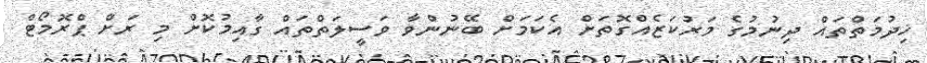
ޚިދުމަތްތައް ދިނުމުގެ މަރުކަޒެއްގޮތަށް އެކަމަށް ބޭނުންވާ ވަސީލަތްތައް ގާއިމުކޮށް މި ރަށް ޕްރޮމޯޓް